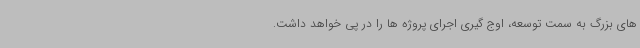
های بزرگ به سمت توسعه، اوج گیری اجرای پروژه ها را در پی خواهد داشت.